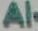
Al